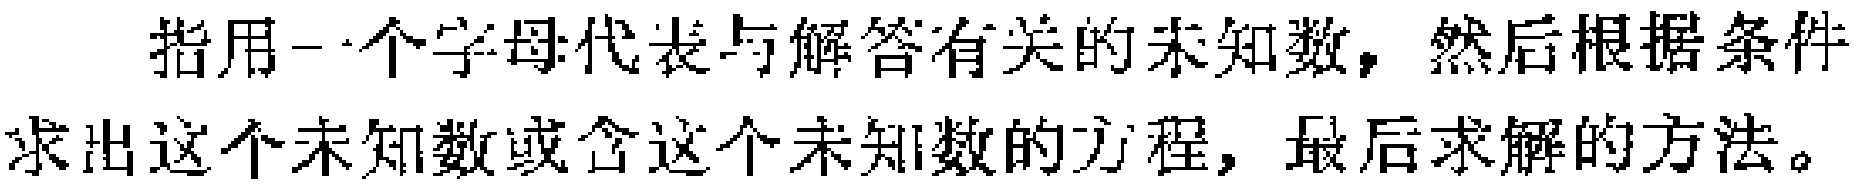
指用一个字母代表与解答有关的未知数，然后根据条件求出这个未知数或含这个未知数的方程，最后求解的方法。